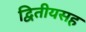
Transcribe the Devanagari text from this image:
द्वितीयसह